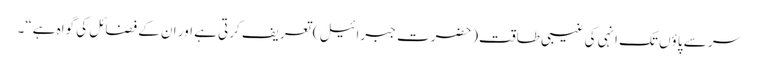
سر سے پاؤں تک انہی کی غیبی طاقت(حضرتِ جبرائیل ) تعریف کرتی ہے اور ان کے فضائل کی گواہ ہے“۔